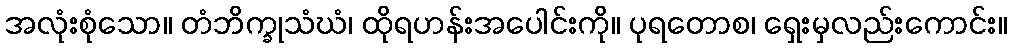
အလုံးစုံသော။ တံဘိက္ခုသံဃံ၊ ထိုရဟန်းအပေါင်းကို။ ပုရတောစ၊ ရှေးမှလည်းကောင်း။